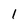
Character: 1